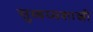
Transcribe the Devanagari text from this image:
सुब्बय्यशास्त्री